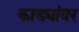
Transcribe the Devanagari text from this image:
काड्यांवर